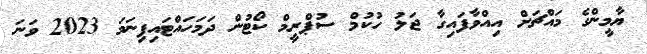
ޔާމީންގެ މައްޗަށް އިއްވާފައިގާ ޖަލު ހުކުމް ސުޕްރީމް ކޯޓުން ދަމަހައްޓައިފިނަމަ 2023 ވަނަ